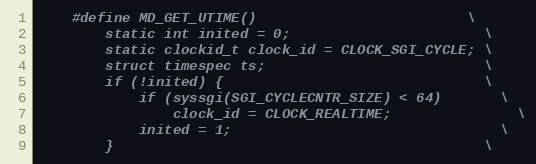
Language: C
    #define MD_GET_UTIME()                         \
        static int inited = 0;                       \
        static clockid_t clock_id = CLOCK_SGI_CYCLE; \
        struct timespec ts;                          \
        if (!inited) {                               \
            if (syssgi(SGI_CYCLECNTR_SIZE) < 64)       \
                clock_id = CLOCK_REALTIME;               \
            inited = 1;                                \
        }                                            \